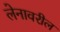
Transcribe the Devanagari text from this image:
लेनावरील